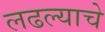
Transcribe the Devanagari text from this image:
लढल्याचे